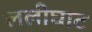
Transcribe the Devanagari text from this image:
ललीघाट